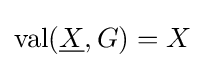
\operatorname {val} ({\underline {X}},G)=X